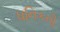
ધનિકની